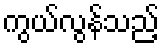
ကွယ်လွန်သည့်